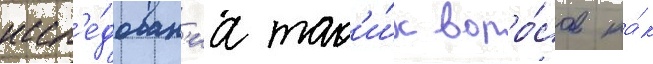
иссл'е́дован'иа так'и́х вопро́сов ка́к